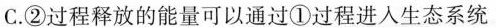
C.②过程释放的能量可以通过①过程进人生态系统